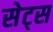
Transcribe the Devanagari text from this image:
सेट्‌स